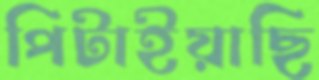
পিটাইয়াছি